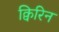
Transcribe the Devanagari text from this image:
क्विरिन